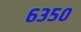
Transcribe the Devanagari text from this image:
६३५०